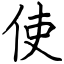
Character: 使